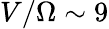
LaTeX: V/\Omega\sim 9